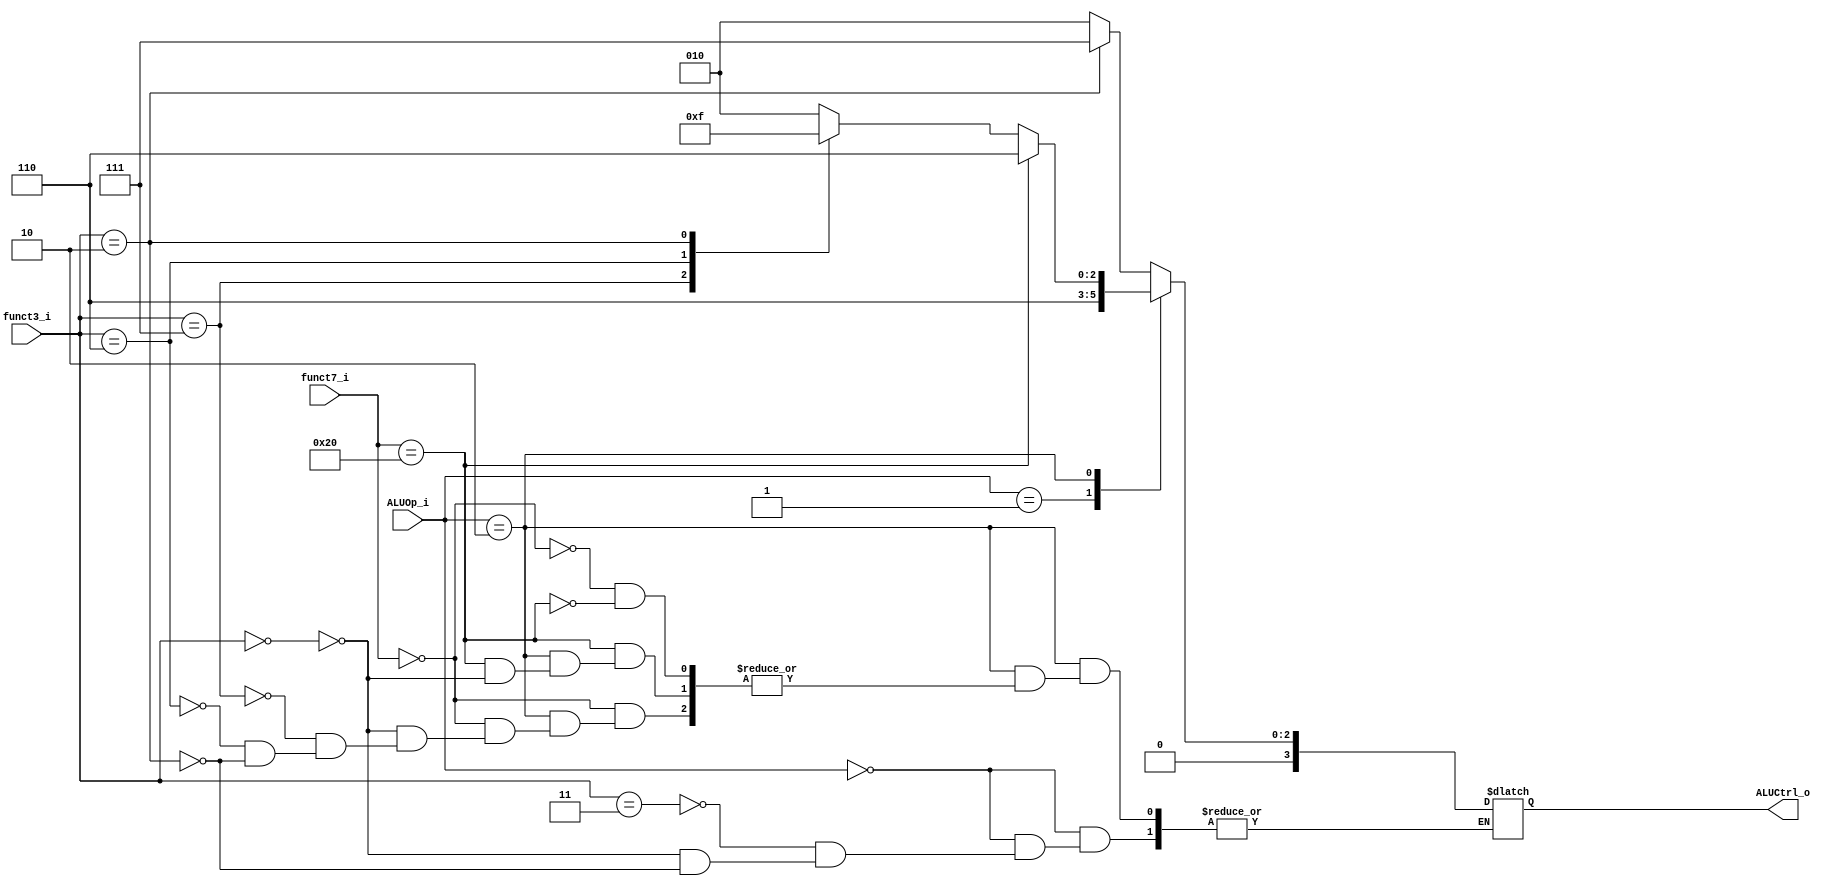
//--------------------------------------------------------------------------------
//Version:     1
//--------------------------------------------------------------------------------
//Writer:   Tzu-teng Weng   
//----------------------------------------------
//----------------------------------------------
//Description: See CA_RISC_V p.336(Figure 4.12)
//--------------------------------------------------------------------------------

module ALU_Ctrl(
          funct3_i,
          funct7_i,
          ALUOp_i,
          ALUCtrl_o
          );
          
//I/O ports 
input      [3-1:0] funct3_i;   //inst[14:12]
input      [7-1:0] funct7_i; //inst[31:25]
input      [2-1:0] ALUOp_i; //from decoder.v

output     [4-1:0] ALUCtrl_o;    
     
//Internal Signals
reg        [4-1:0] ALUCtrl_o;

//Parameter

//Select exact operation
always@(*) begin
   case(ALUOp_i) //2 bits input
    2'b00: case(funct3_i)
           3'b011: ALUCtrl_o=4'b0010;//ld, sd
           3'b000: ALUCtrl_o=4'b0010; //addi
           3'b010: ALUCtrl_o=4'b0111;//slti    
           endcase 

           //ld, sd, addi, slti
    2'b01: ALUCtrl_o=4'b0110;//beq 
    2'b10: //R-type 
         case(funct7_i)
         7'b0000000: //add, and, or, slt
                   case(funct3_i)
                   3'b000: ALUCtrl_o =4'b0010;  //add 
                   3'b111: ALUCtrl_o =4'b0000;//and 
                   3'b110: ALUCtrl_o =4'b0001;//or
                   3'b010: ALUCtrl_o=4'b0111;//slt   
                   endcase     
         7'b0100000: 
                   case(funct3_i) //sub  
                   3'b000: ALUCtrl_o= 4'b0110;  //sub                  
                   endcase
         endcase    
    default: ALUCtrl_o= 4'bxxxx;
//2'b11: 
   //deal with R-format, ld, sd first; later deal with I-format
   endcase
end
endmodule